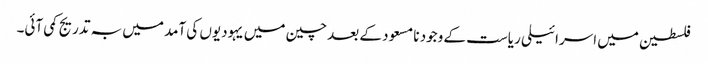
فلسطین میں اسرائیلی ریاست کے وجود نا مسعود کے بعد چین میں یہودیوں کی آمد میں بہ تدریج کمی آئی۔